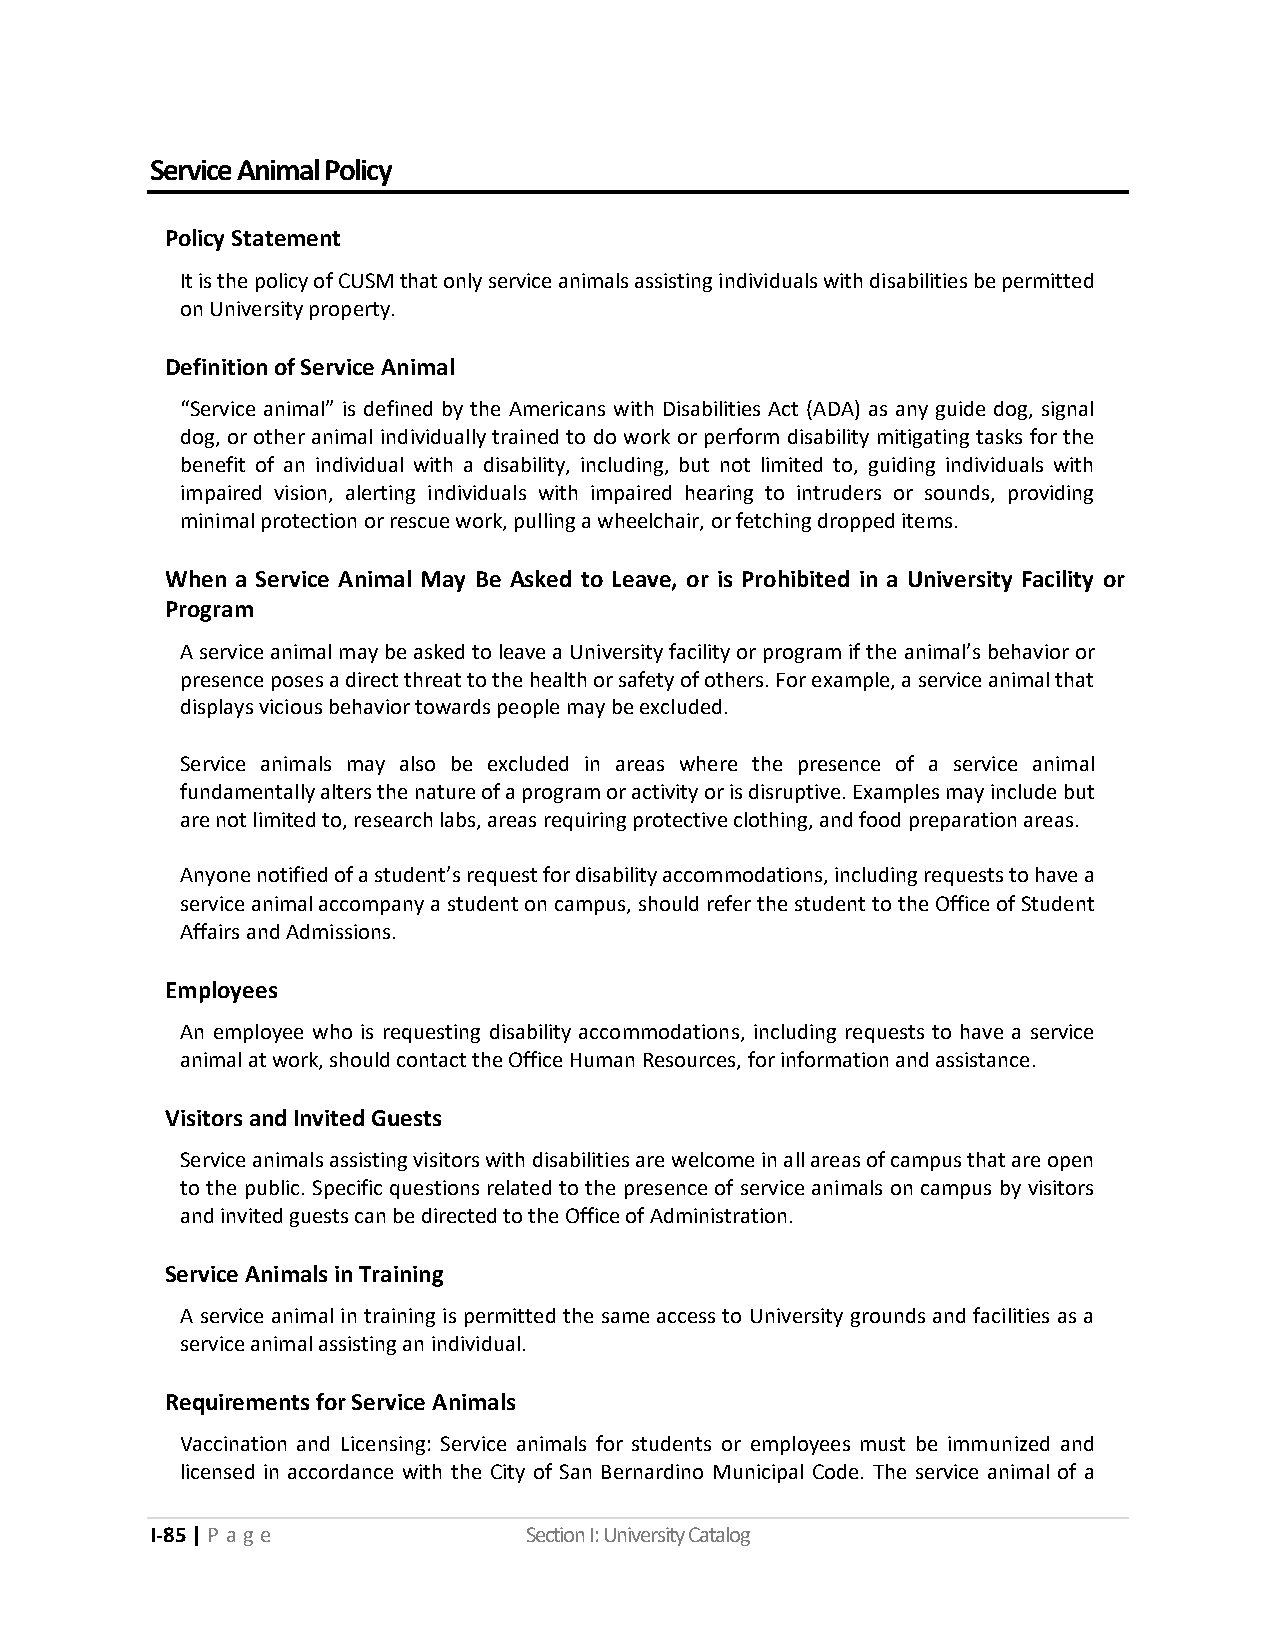
Service Animal Policy
 Policy Statement
 It is the policy of CUSM that only service animals assisting individuals with disabilities be permitted
 on University property.
 Definition of Service Animal
 “Service animal” is defined by the Americans with Disabilities Act (ADA) as any guide dog, signal
 dog, or other animal individually trained to do work or perform disability mitigating tasks for the
 benefit of an individual with a disability, including, but not limited to, guiding individuals with
 impaired vision, alerting individuals with impaired hearing to intruders or sounds, providing
 minimal protection or rescue work, pulling a wheelchair, or fetching dropped items.
 When a Service Animal May Be Asked to Leave, or is Prohibited in a University Facility or
 Program
 A service animal may be asked to leave a University facility or program if the animal’s behavior or
 presence poses a direct threat to the health or safety of others. For example, a service animal that
 displays vicious behavior towards people may be excluded.
 Service animals may also be excluded in areas where the presence of a service animal
 fundamentally alters the nature of a program or activity or is disruptive. Examples may include but
 are not limited to, research labs, areas requiring protective clothing, and food preparation areas.
 Anyone notified of a student’s request for disability accommodations, including requests to have a
 service animal accompany a student on campus, should refer the student to the Office of Student
 Affairs and Admissions.
 Employees
 An employee who is requesting disability accommodations, including requests to have a service
 animal at work, should contact the Office Human Resources, for information and assistance.
 Visitors and Invited Guests
 Service animals assisting visitors with disabilities are welcome in all areas of campus that are open
 to the public. Specific questions related to the presence of service animals on campus by visitors
 and invited guests can be directed to the Office of Administration.
 Service Animals in Training
 A service animal in training is permitted the same access to University grounds and facilities as a
 service animal assisting an individual.
 Requirements for Service Animals
 Vaccination and Licensing: Service animals for students or employees must be immunized and
 licensed in accordance with the City of San Bernardino Municipal Code. The service animal of a
 I-85 | P a ge            Section I: University Catalog